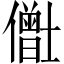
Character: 𫣸